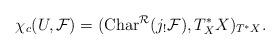
LaTeX: \begin{align*}\chi_c(U,{\cal F})=({\rm Char}^{\cal R}(j_!{\cal F}),T^*_XX)_{T^*X}.\end{align*}